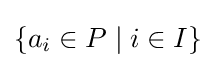
\{a_{i}\in P\mid i\in I\}